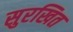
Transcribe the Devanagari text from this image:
सुरखित